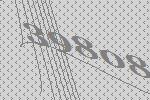
39808